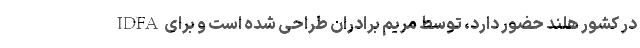
IDFA در کشور هلند حضور دارد، توسط مریم برادران طراحی شده است و برای